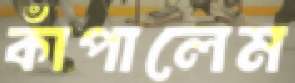
কাঁপালেম